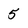
Character: 5